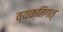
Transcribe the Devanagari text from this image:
व्यक्तिगत्